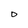
Character: 0